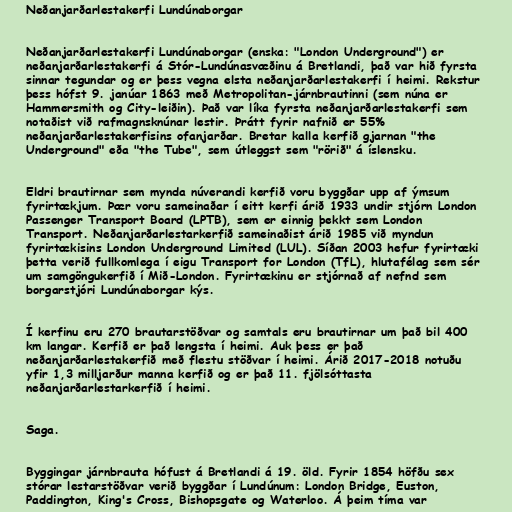
Neðanjarðarlestakerfi Lundúnaborgar

Neðanjarðarlestakerfi Lundúnaborgar (enska: "London Underground") er
neðanjarðarlestakerfi á Stór-Lundúnasvæðinu á Bretlandi, það var hið fyrsta
sinnar tegundar og er þess vegna elsta neðanjarðarlestakerfi í heimi. Rekstur
þess hófst 9. janúar 1863 með Metropolitan-járnbrautinni (sem núna er
Hammersmith og City-leiðin). Það var líka fyrsta neðanjarðarlestakerfi sem
notaðist við rafmagnsknúnar lestir. Þrátt fyrir nafnið er 55%
neðanjarðarlestakerfisins ofanjarðar. Bretar kalla kerfið gjarnan "the
Underground" eða "the Tube", sem útleggst sem "rörið" á íslensku.

Eldri brautirnar sem mynda núverandi kerfið voru byggðar upp af ýmsum
fyrirtækjum. Þær voru sameinaðar í eitt kerfi árið 1933 undir stjórn London
Passenger Transport Board (LPTB), sem er einnig þekkt sem London
Transport. Neðanjarðarlestarkerfið sameinaðist árið 1985 við myndun
fyrirtækisins London Underground Limited (LUL). Síðan 2003 hefur fyrirtæki
þetta verið fullkomlega í eigu Transport for London (TfL), hlutafélag sem sér
um samgöngukerfið í Mið-London. Fyrirtækinu er stjórnað af nefnd sem
borgarstjóri Lundúnaborgar kýs.

Í kerfinu eru 270 brautarstöðvar og samtals eru brautirnar um það bil 400
km langar. Kerfið er það lengsta í heimi. Auk þess er það
neðanjarðarlestakerfið með flestu stöðvar í heimi. Árið 2017-2018 notuðu
yfir 1,3 milljarður manna kerfið og er það 11. fjölsóttasta
neðanjarðarlestarkerfið í heimi.

Saga.

Byggingar járnbrauta hófust á Bretlandi á 19. öld. Fyrir 1854 höfðu sex
stórar lestarstöðvar verið byggðar í Lundúnum: London Bridge, Euston,
Paddington, King's Cross, Bishopsgate og Waterloo. Á þeim tíma var